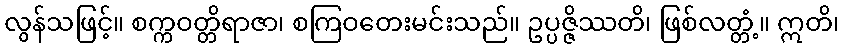
လွန်သဖြင့်။ စက္ကဝတ္တိရာဇာ၊ စကြဝတေးမင်းသည်။ ဥပ္ပဇ္ဇိဿတိ၊ ဖြစ်လတ္တံ့။ ဣတိ၊